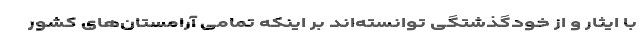
با ایثار و از خودگذشتگی توانسته‌اند بر اینکه تمامی آرامستان‌های کشور